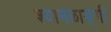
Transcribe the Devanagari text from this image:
श्यामळाङ्गी